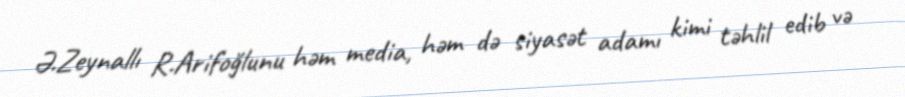
Ə.Zeynallı R.Arifoğlunu həm media, həm də siyasət adamı kimi təhlil edib və